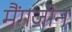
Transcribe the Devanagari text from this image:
मैंगजीन